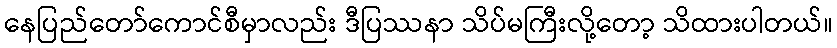
နေပြည်တော်ကောင်စီမှာလည်း ဒီပြဿနာ သိပ်မကြီးလို့တော့ သိထားပါတယ်။